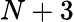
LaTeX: N+3